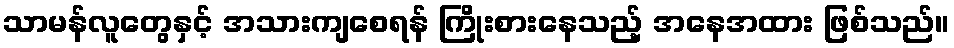
သာမန်လူတွေနှင့် အသားကျစေရန် ကြိုးစားနေသည့် အနေအထား ဖြစ်သည်။